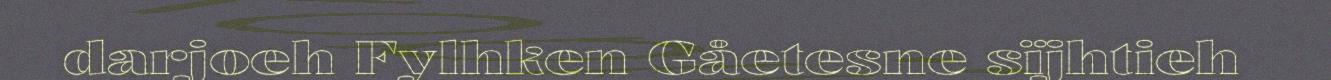
darjoeh Fylhken Gåetesne sïjhtieh